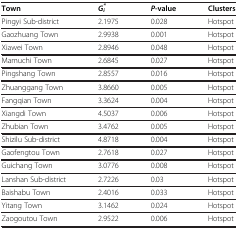
<table><thead><tr><td><b>Town</b></td><td><b><i>G</i><sub><i>i</i></sub><sup><i>*</i></sup></b></td><td><b><i>P</i>-value</b></td><td><b>Clusters</b></td></tr></thead><tbody><tr><td>Pingyi Sub-district</td><td>2.1975</td><td>0.028</td><td>Hotspot</td></tr><tr><td>Gaozhuang Town</td><td>2.9938</td><td>0.001</td><td>Hotspot</td></tr><tr><td>Xiawei Town</td><td>2.8946</td><td>0.048</td><td>Hotspot</td></tr><tr><td>Mamuchi Town</td><td>2.6845</td><td>0.027</td><td>Hotspot</td></tr><tr><td>Pingshang Town</td><td>2.8557</td><td>0.016</td><td>Hotspot</td></tr><tr><td>Zhuanggang Town</td><td>3.8660</td><td>0.005</td><td>Hotspot</td></tr><tr><td>Fangqian Town</td><td>3.3624</td><td>0.004</td><td>Hotspot</td></tr><tr><td>Xiangdi Town</td><td>4.5037</td><td>0.006</td><td>Hotspot</td></tr><tr><td>Zhubian Town</td><td>3.4762</td><td>0.005</td><td>Hotspot</td></tr><tr><td>Shizilu Sub-district</td><td>4.8718</td><td>0.004</td><td>Hotspot</td></tr><tr><td>Gaofengtou Town</td><td>2.7618</td><td>0.027</td><td>Hotspot</td></tr><tr><td>Guichang Town</td><td>3.0776</td><td>0.008</td><td>Hotspot</td></tr><tr><td>Lanshan Sub-district</td><td>2.7226</td><td>0.03</td><td>Hotspot</td></tr><tr><td>Baishabu Town</td><td>2.4016</td><td>0.033</td><td>Hotspot</td></tr><tr><td>Yitang Town</td><td>3.1462</td><td>0.024</td><td>Hotspot</td></tr><tr><td>Zaogoutou Town</td><td>2.9522</td><td>0.006</td><td>Hotspot</td></tr></tbody></table>